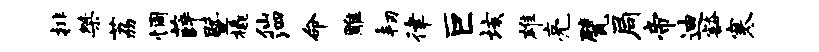
排桀荔惆薛暨橇仙泗命雕韧律巨垓雄亮甓局帝迪豁寒